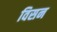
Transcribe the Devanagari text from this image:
विसन